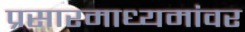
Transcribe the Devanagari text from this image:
प्रसारमाध्यमांवर